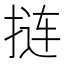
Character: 𫽁